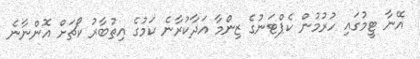
އޭނާ ޓީމުގައި ހުރުމުން ކެޕްޓަނުގެ ޒިންމާ އަދާކުރާނެ ކަމުގެ އިތުބާރު ކޯޗަށް އޮންނާނެ